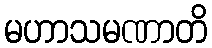
မဟာသမဏာတိ